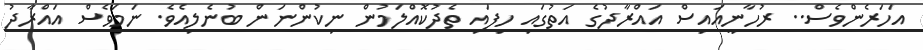
އަހަރެންވެސް.. ރުހާނީއައިސް އައްރާދުގެ އަތުގައި ހިފަައި ތެދުކޮއްލަމުން ނިކުންނަން ބުުނެލިއެވެ. ނަމަވެސް އައްރާދު